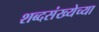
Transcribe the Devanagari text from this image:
शब्दसंख्येच्या